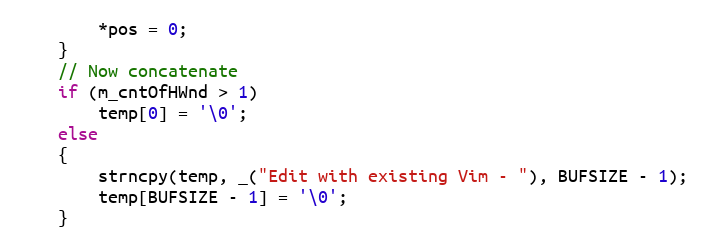
Language: C++
	    *pos = 0;
	}
	// Now concatenate
	if (m_cntOfHWnd > 1)
	    temp[0] = '\0';
	else
	{
	    strncpy(temp, _("Edit with existing Vim - "), BUFSIZE - 1);
	    temp[BUFSIZE - 1] = '\0';
	}